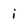
Character: i